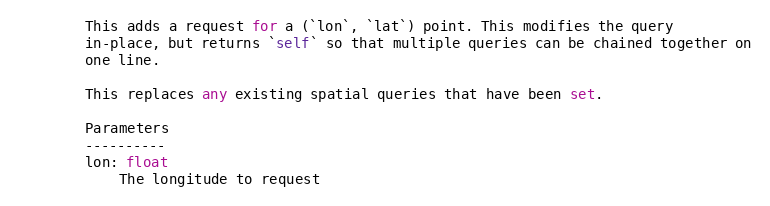
Language: Python
        This adds a request for a (`lon`, `lat`) point. This modifies the query
        in-place, but returns `self` so that multiple queries can be chained together on
        one line.

        This replaces any existing spatial queries that have been set.

        Parameters
        ----------
        lon: float
            The longitude to request